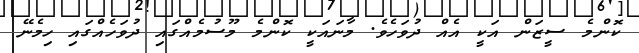
ކޮންމެ ސީޒަން އަކީ އެއް ދުވަހެވެ. މާނައަކީ ކޮންމެ މޫސުމެއްގައި ދުވަހެއްގައި ހިމެނޭ